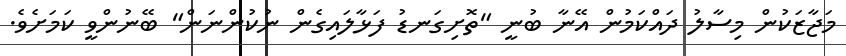
މަޖާޒަކުން މިސާލު ދައްކަމުން އޭނާ ބުނީ "ތޮށިގަނޑު ފަޅާލައިގެން ނުކުންނަން" ބޭނުންވީ ކަމަށެވެ.